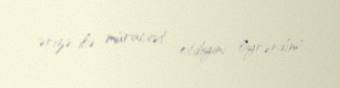
ərizə ilə müraciət etdiyini öyrəndim".